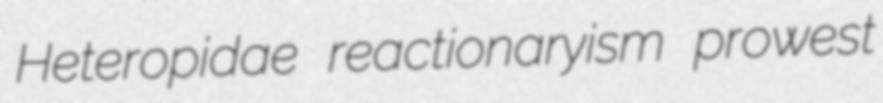
Heteropidae reactionaryism prowest